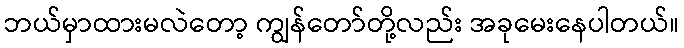
ဘယ်မှာထားမလဲတော့ ကျွန်တော်တို့လည်း အခုမေးနေပါတယ်။